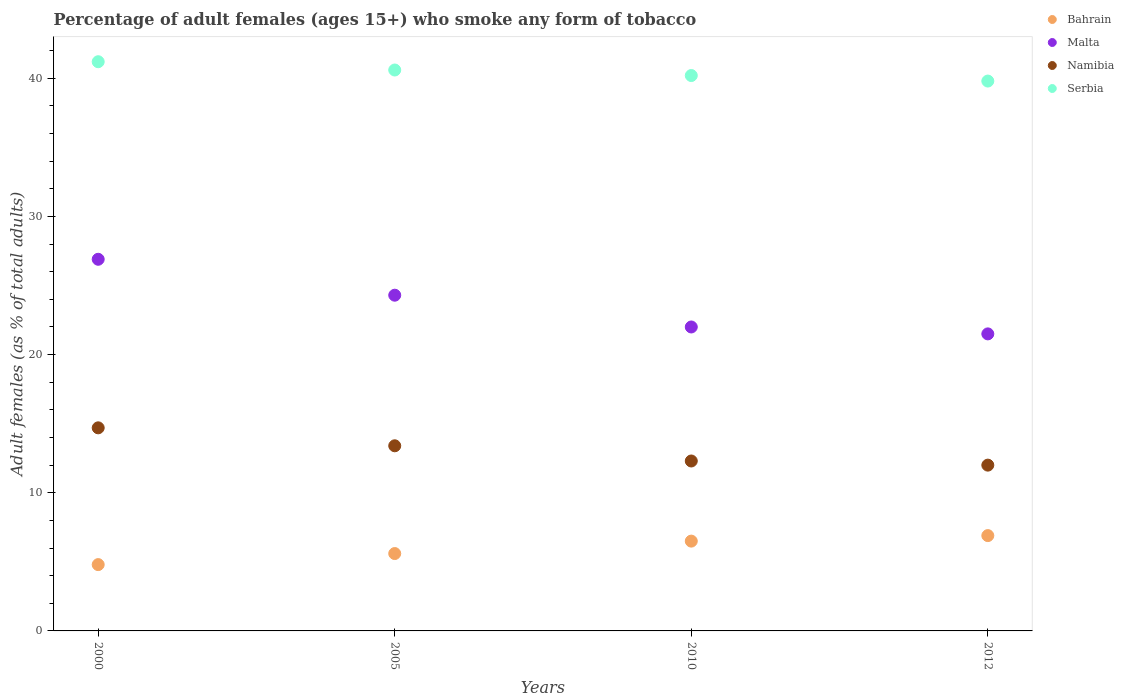
| Years | Bahrain | Malta | Namibia | Serbia |
 | --- | --- | --- | --- | --- |
 | 2000 | 4.8 | 26.9 | 14.7 | 41.2 |
 | 2005 | 5.6 | 24.3 | 13.4 | 40.6 |
 | 2010 | 6.5 | 22 | 12.3 | 40.2 |
 | 2012 | 6.9 | 21.5 | 12 | 39.8 |